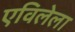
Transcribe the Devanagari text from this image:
एविलेला